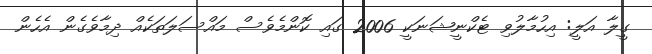
ގީލާ އަލީ: އިހުމާލުވި ޓެކްނީޝަނަކީ 2006 ގައި ކޮންމެވެސް މައްސަލަތަކެއް ދިމާވެގެން އެހެން